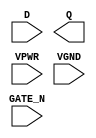
module sky130_fd_sc_hs__dlxtn (
    //# {{data|Data Signals}}
    input  D     ,
    output Q     ,

    //# {{clocks|Clocking}}
    input  GATE_N,

    //# {{power|Power}}
    input  VPWR  ,
    input  VGND
);
endmodule